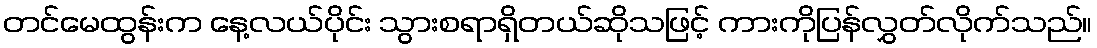
တင်မေထွန်းက နေ့လယ်ပိုင်း သွားစရာရှိတယ်ဆိုသဖြင့် ကားကိုပြန်လွှတ်လိုက်သည်။